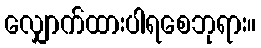
လျှောက်ထားပါရစေဘုရား။